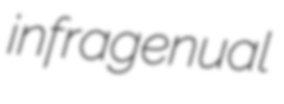
infragenual